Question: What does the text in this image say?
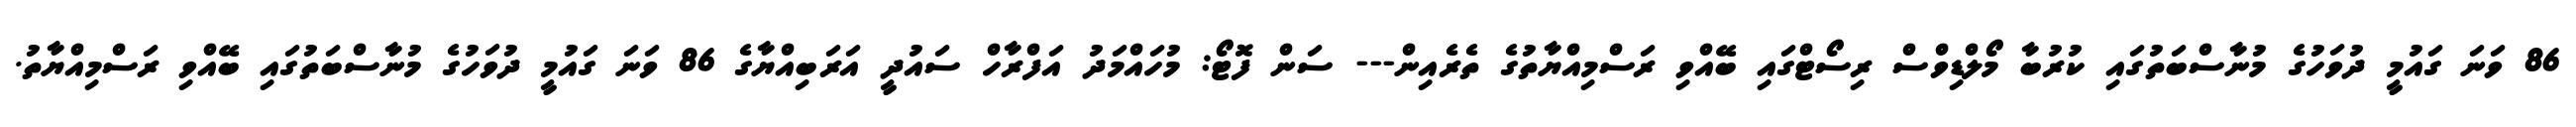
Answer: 86 ވަނަ ގައުމީ ދުވަހުގެ މުނާސްބަތުގައި ކުރުބާ މޯލްޑިވްސް ރިސޯޓްގައި ބޭއްވި ރަސްމިއްޔާތުގެ ތެރެއިން--- ސަން ފޮޓޯ: މުހައްމަދު އަފްރާހް ސައުދީ އަރަބިއްޔާގެ 86 ވަނަ ގައުމީ ދުވަހުގެ މުނާސްބަތުގައި ބޭއްވި ރަސްމިއްޔާތު.